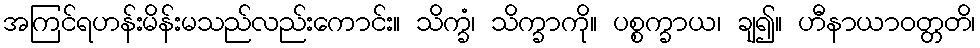
အကြင်ရဟန်းမိန်းမသည်လည်းကောင်း။ သိက္ခံ၊ သိက္ခာကို။ ပစ္စက္ခာယ၊ ချ၍။ ဟီနာယာဝတ္တတိ၊